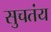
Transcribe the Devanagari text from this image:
सुचतंय